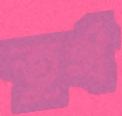
তুর্থ